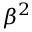
\beta ^ { 2 }